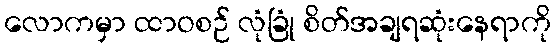
လောကမှာ ထာဝစဉ် လုံခြုံ စိတ်အချရဆုံးနေရာကို